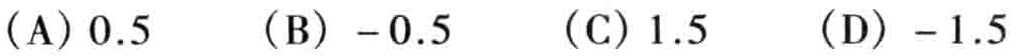
(A) \(0.5\)  (B) \(-0.5\)  (C) \(1.5\)  (D) \(-1.5\)